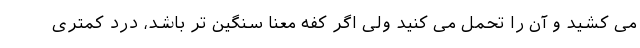
می کشید و آن را تحمل می کنید ولی اگر کفه معنا سنگین تر باشد، درد کمتری